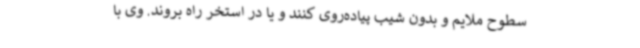
سطوح ملایم و بدون شیب پیاده‌روی کنند و یا در استخر راه بروند. وی با